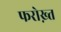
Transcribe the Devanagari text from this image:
फरोख़्त